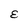
Character: E